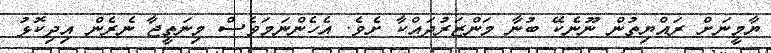
ޔާމީނަށް ރައްޔިތުން ނޫނެކޭ ބުނާ މަންޒަރުދައްކާ ށެވެ. އެހެންނަމަވެސް މިނަތީޖާ ނެރެން އިދިކޮޅު